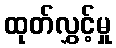
ထုတ်လွှင့်မှု